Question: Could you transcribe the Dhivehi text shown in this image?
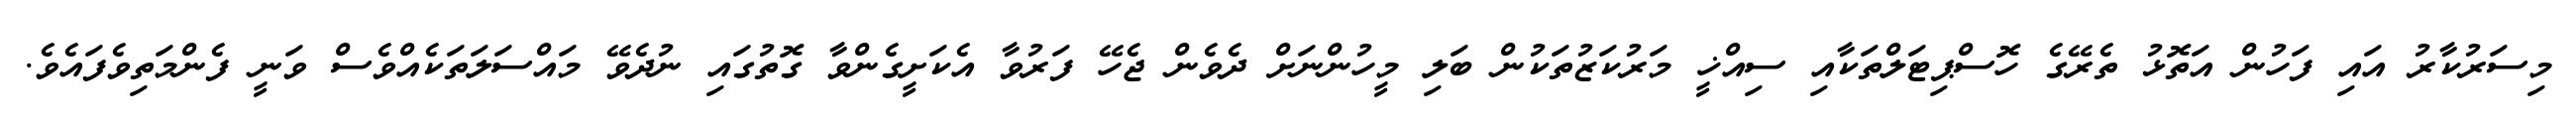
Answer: މިސަރުކާރު އައި ފަހުން އަތޮޅު ތެރޭގެ ހޮސްޕިޓަލްތަކާއި ސިއްޚީ މަރުކަޒުތަކުން ބަލި މީހުންނަށް ދެވެން ޖެހޭ ފަރުވާ އެކަށީގެންވާ ގޮތުގައި ނުދެވޭ މައްސަލަތަކެއްވެސް ވަނީ ފެންމަތިވެފައެވެ.